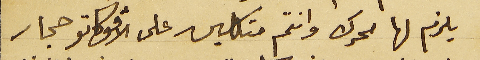
يلزم لها محرك وانتم متكلين على الافوكاتو حجار